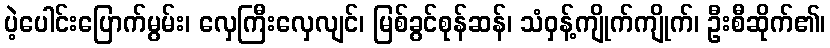
ပဲ့ပေါင်းပြောက်မွမ်း၊ လှေကြီးလှေလျင်၊ မြစ်ခွင်စုန်ဆန်၊ သံဝှန့်ကျိုက်ကျိုက်၊ ဦးစီဆိုက်၏၊